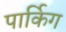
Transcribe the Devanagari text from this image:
पार्किग